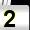
Digit: 2